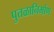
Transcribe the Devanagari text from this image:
पुतळानिर्माण